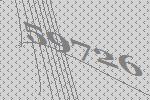
59726